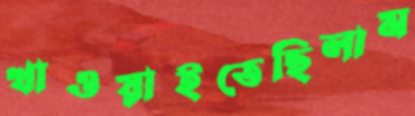
খাওয়াইতেছিলাম